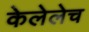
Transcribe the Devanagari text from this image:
केलेलेच